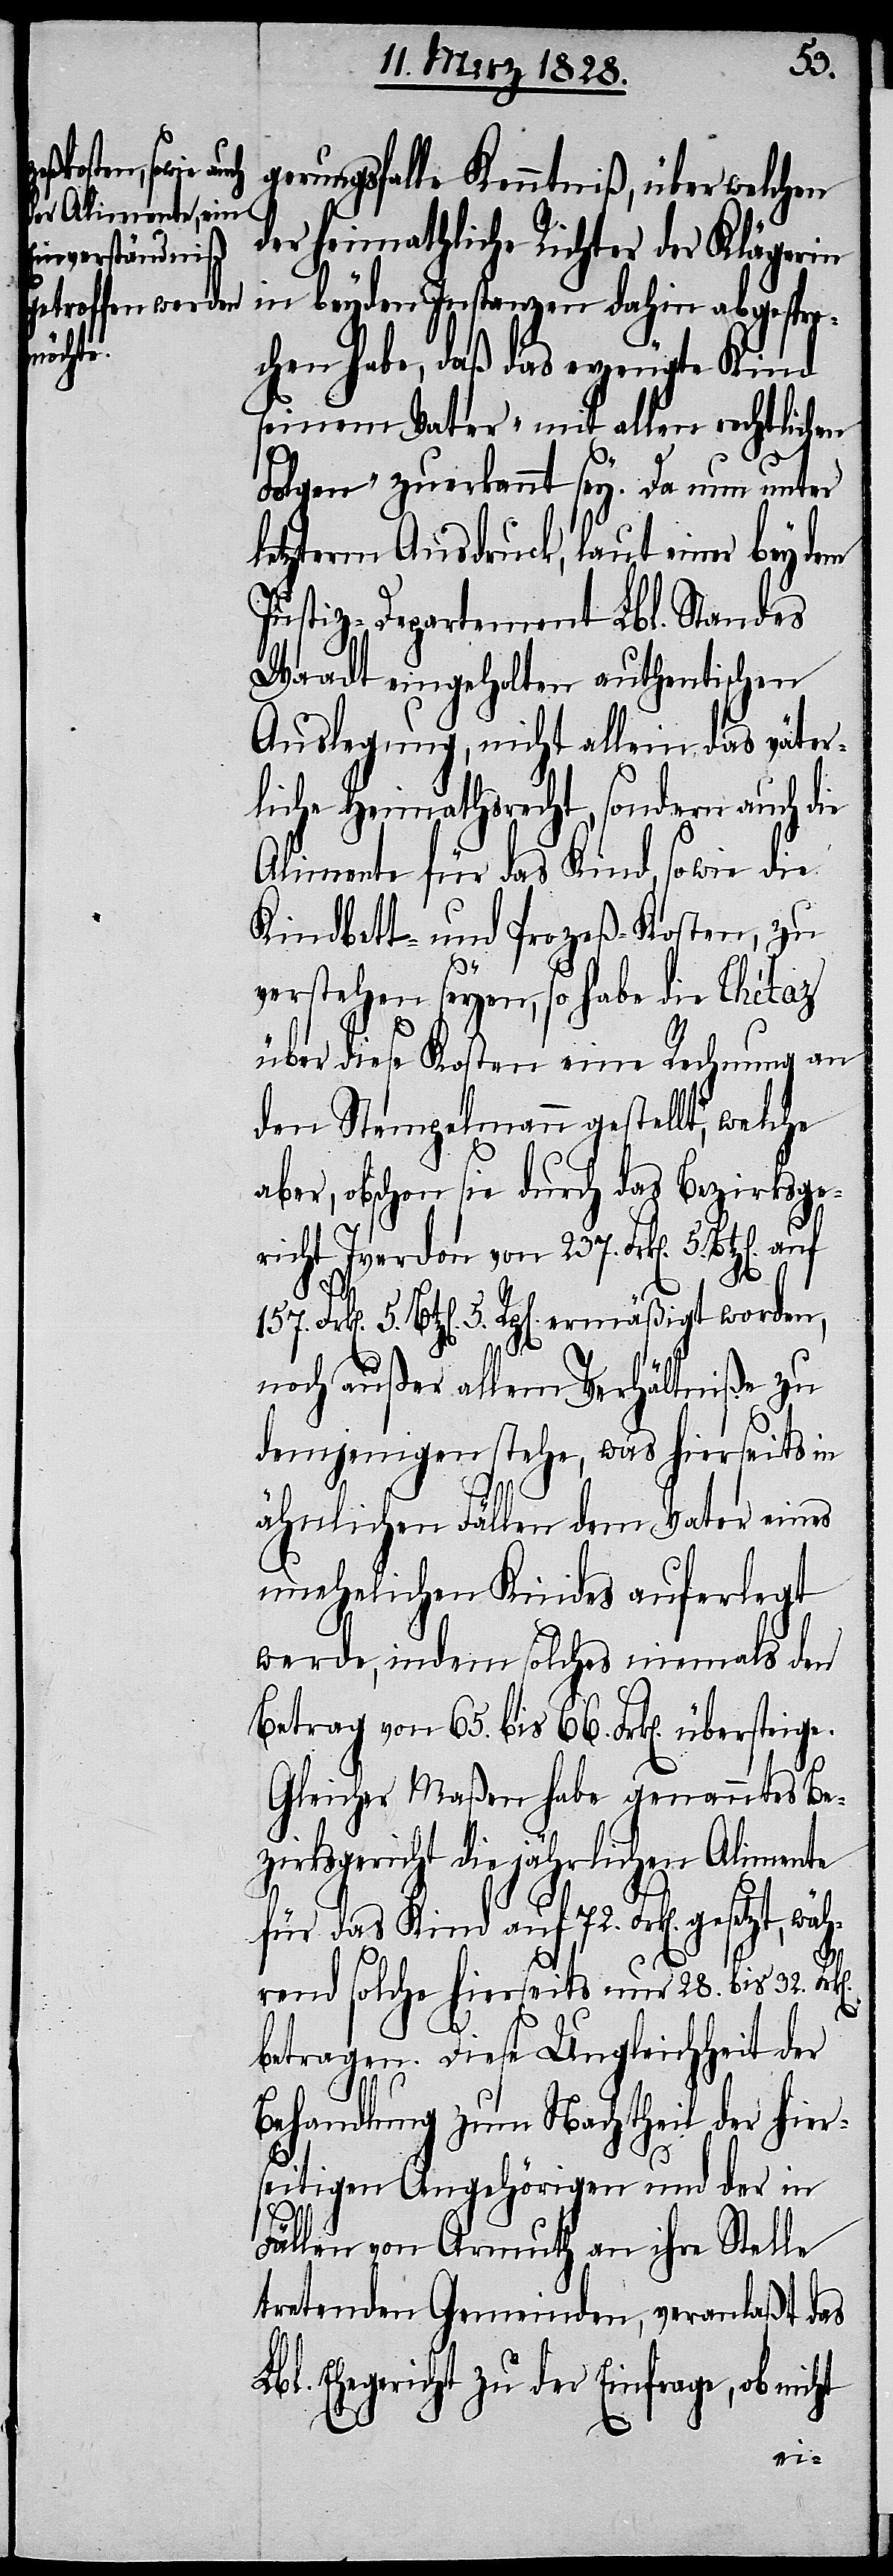
etzt, wäh¬

5.
gerungsfalle Kenntniß, über welchen
der heimathliche Richter der Klägerin
in beyden Instanzen dahin abgespro¬
chen habe, daß das erzeugte Kind
seinem Vater „mit allen rechtlichen
Folgen“ zuerkannt sey. Da nun unter
letzterm Ausdruck, laut einer bey dem
Justiz-Departement Lbl. Standes
Waadt eingeholten authentischen
Auslegung, nicht allein das väter¬
liche Heimathsrecht, sondern auch die
Alimente für das Kind, sowie die
Kindbett- und Prozeß-Kosten, zu
verstehen seyen, so habe die Thétaz
über diese Kosten eine Rechnung an
den Stempelmann gestellt, welche
aber, obschon sie durch das Bezirksge¬
richt Yverdon von 237. Frk[en]. 5.
157.
noch außer allem Verhältniße zu
demjenigen stehe, was hierseits in
ähnlichen Fällen dem Vater eines
unehelichen Kindes auferlegt
werde, indem solches niemals den
Betrag von 65. bis 66. Frk[en].
Gleicher Maßen habe genanntes Be¬
zirksgericht die jährlichen Alimente
für das Kind auf 72. Frk[en]. ges¬
rend solche hierseits nur 28. bis 32.
betragen. Diese Ungleichheit der
Behandlung zum Nachtheil der hier¬
seitigen Angehörigen und der in
Fällen von Armuth an ihre Stelle
tretenden Gemeinden, veranlaßt das
Ehegericht zu der Einfrage, ob n¬
icht